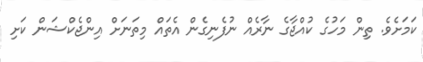
ކަމަށެވެ. ތިން މަހުގެ ކުއްޖާގެ ނާރެއް ނުފެނިގެން އެތައް މިތަނަށް އިންޖެކްޝަން ކަށި